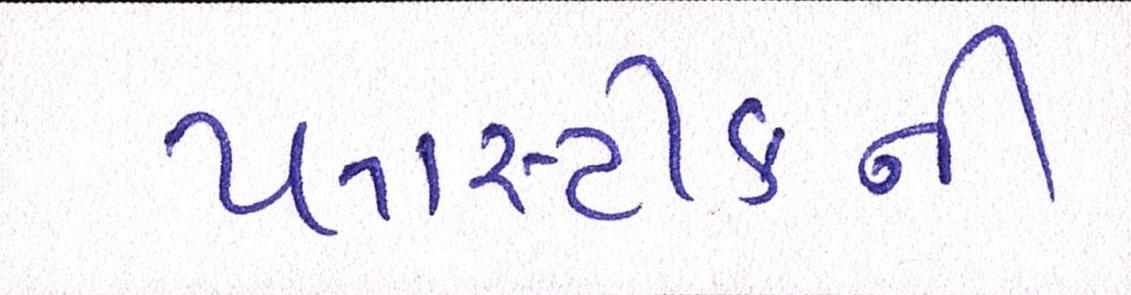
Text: પ્લાસ્ટીકની